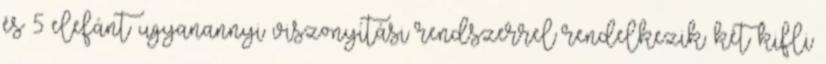
és 5 elefánt ugyanannyi viszonyítási rendszerrel rendelkezik: két kifli